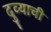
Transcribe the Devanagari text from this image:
दुव्याची